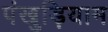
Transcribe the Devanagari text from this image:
पंखुड़ियाम